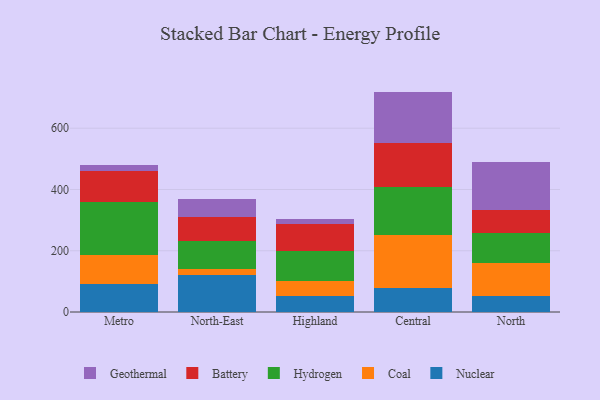
{"axis": {"x": "Region", "y": "Satisfaction Score"}, "legend": ["Battery", "Coal", "Geothermal", "Hydrogen", "Nuclear"], "data": [{"x": "Metro", "y": 90.2, "type": "Nuclear"}, {"x": "Metro", "y": 95.2, "type": "Coal"}, {"x": "Metro", "y": 173.0, "type": "Hydrogen"}, {"x": "Metro", "y": 102.4, "type": "Battery"}, {"x": "Metro", "y": 19.2, "type": "Geothermal"}, {"x": "North-East", "y": 121.7, "type": "Nuclear"}, {"x": "North-East", "y": 19.2, "type": "Coal"}, {"x": "North-East", "y": 91.4, "type": "Hydrogen"}, {"x": "North-East", "y": 79.1, "type": "Battery"}, {"x": "North-East", "y": 58.5, "type": "Geothermal"}, {"x": "Highland", "y": 52.8, "type": "Nuclear"}, {"x": "Highland", "y": 47.5, "type": "Coal"}, {"x": "Highland", "y": 99.1, "type": "Hydrogen"}, {"x": "Highland", "y": 88.7, "type": "Battery"}, {"x": "Highland", "y": 15.9, "type": "Geothermal"}, {"x": "Central", "y": 77.8, "type": "Nuclear"}, {"x": "Central", "y": 174.3, "type": "Coal"}, {"x": "Central", "y": 157.5, "type": "Hydrogen"}, {"x": "Central", "y": 141.3, "type": "Battery"}, {"x": "Central", "y": 168.7, "type": "Geothermal"}, {"x": "North", "y": 51.8, "type": "Nuclear"}, {"x": "North", "y": 108.8, "type": "Coal"}, {"x": "North", "y": 96.4, "type": "Hydrogen"}, {"x": "North", "y": 76.4, "type": "Battery"}, {"x": "North", "y": 155.9, "type": "Geothermal"}]}